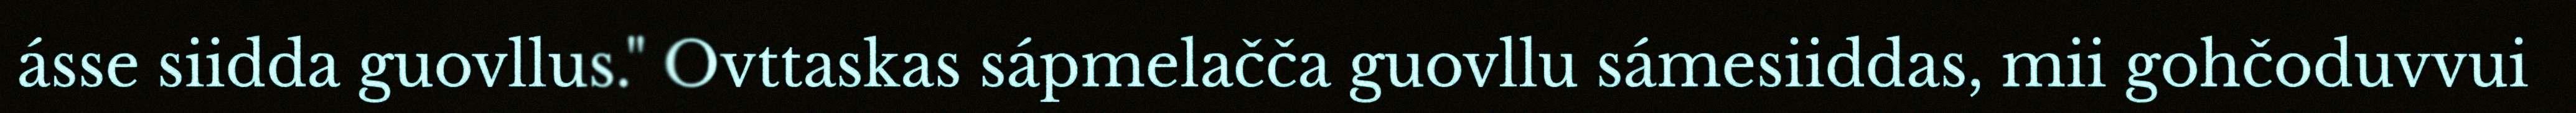
ásse siidda guovllus." Ovttaskas sápmelačča guovllu sámesiiddas, mii gohčoduvvui